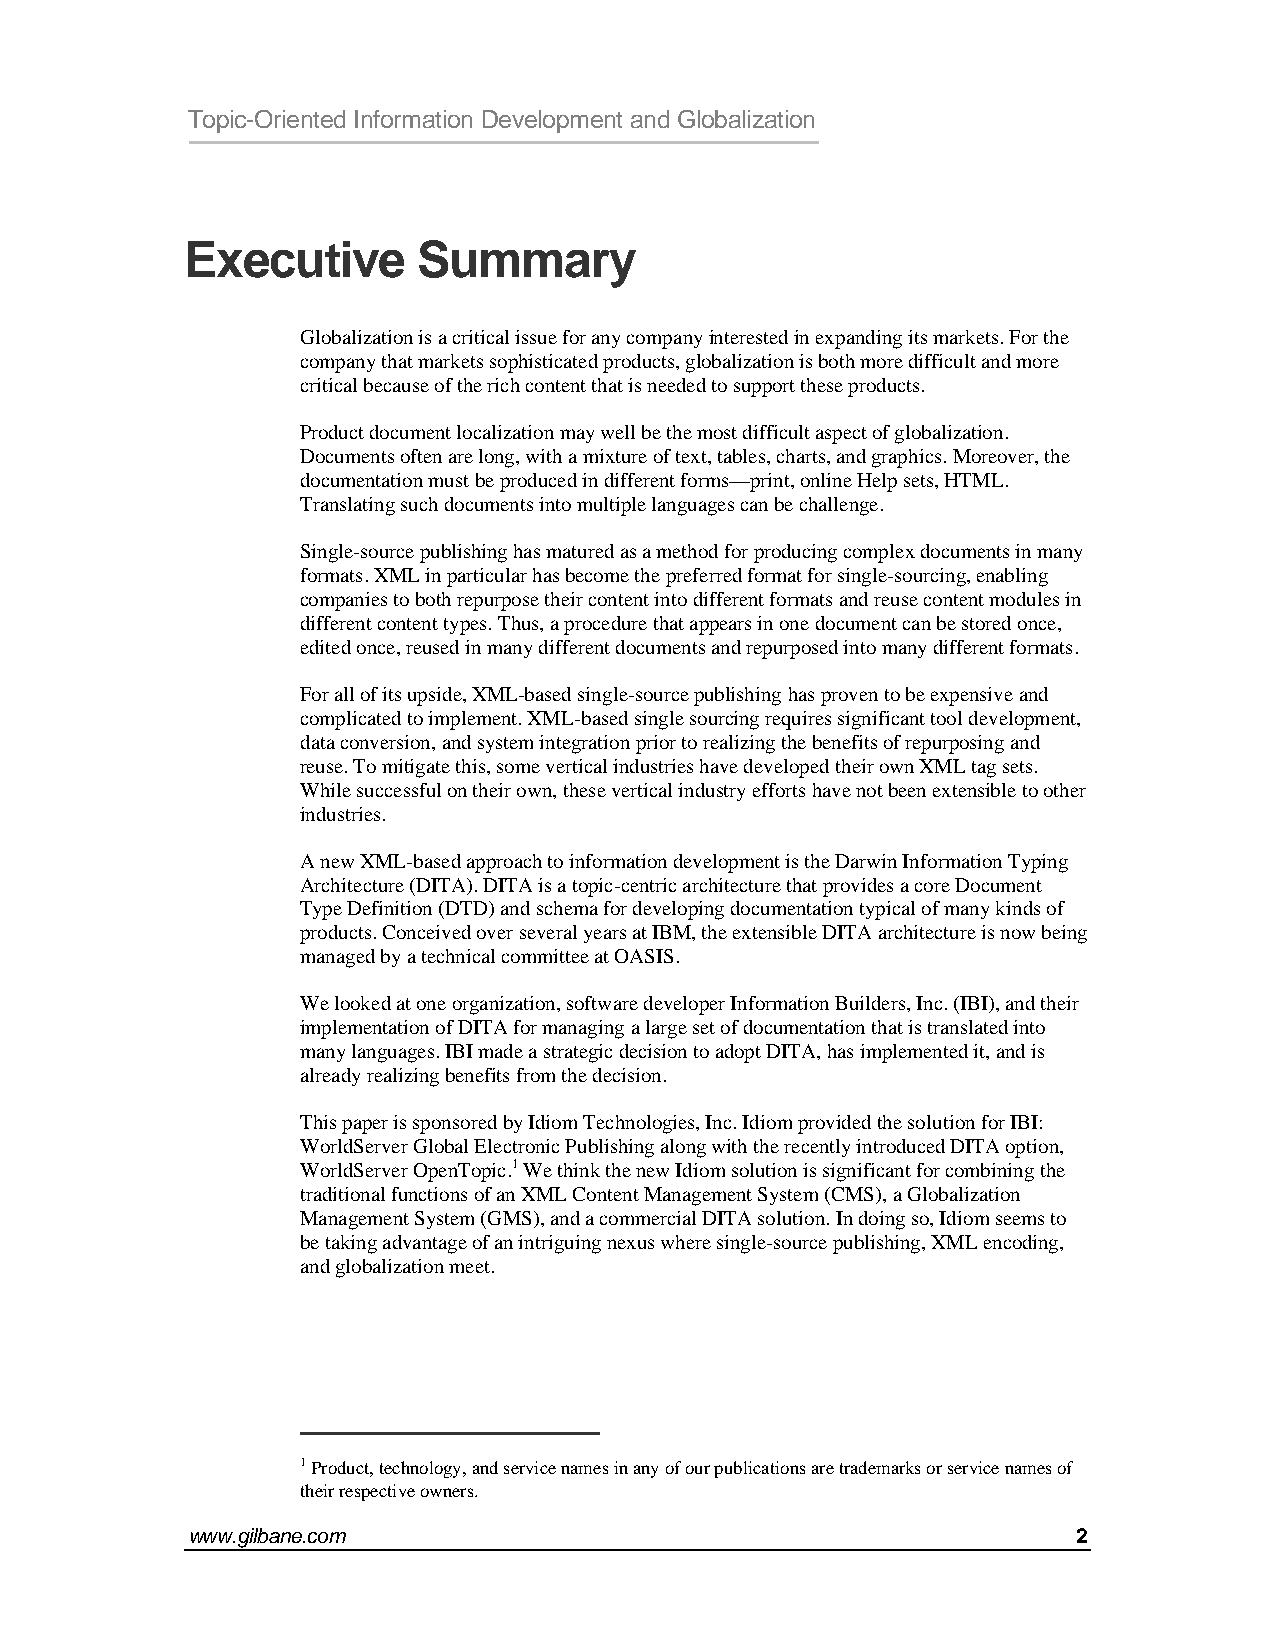
Topic-Oriented Information Development and Globalization
 Executive       Summary
 Globalization is a critical issue for any company interested in expanding its markets. For the
 company that markets sophisticated products, globalization is both more difficult and more
 critical because of the rich content that is needed to support these products.
 Product document localization may well be the most difficult aspect of globalization.
 Documents often are long, with a mixture of text, tables, charts, and graphics. Moreover, the
 documentation must be produced in different forms—print, online Help sets, HTML.
 Translating such documents into multiple languages can be challenge.
 Single-source publishing has matured as a method for producing complex documents in many
 formats. XML in particular has become the preferred format for single-sourcing, enabling
 companies to both repurpose their content into different formats and reuse content modules in
 different content types. Thus, a procedure that appears in one document can be stored once,
 edited once, reused in many different documents and repurposed into many different formats.
 For all of its upside, XML-based single-source publishing has proven to be expensive and
 complicated to implement. XML-based single sourcing requires significant tool development,
 data conversion, and system integration prior to realizing the benefits of repurposing and
 reuse. To mitigate this, some vertical industries have developed their own XML tag sets.
 While successful on their own, these vertical industry efforts have not been extensible to other
 industries.
 A new XML-based approach to information development is the Darwin Information Typing
 Architecture (DITA). DITA is a topic-centric architecture that provides a core Document
 Type Definition (DTD) and schema for developing documentation typical of many kinds of
 products. Conceived over several years at IBM, the extensible DITA architecture is now being
 managed by a technical committee at OASIS.
 We looked at one organization, software developer Information Builders, Inc. (IBI), and their
 implementation of DITA for managing a large set of documentation that is translated into
 many languages. IBI made a strategic decision to adopt DITA, has implemented it, and is
 already realizing benefits from the decision.
 This paper is sponsored by Idiom Technologies, Inc. Idiom provided the solution for IBI:
 WorldServer Global Electronic Publishing along with the recently introduced DITA option,
 WorldServer OpenTopic.1 We think the new Idiom solution is significant for combining the
 traditional functions of an XML Content Management System (CMS), a Globalization
 Management System (GMS), and a commercial DITA solution. In doing so, Idiom seems to
 be taking advantage of an intriguing nexus where single-source publishing, XML encoding,
 and globalization meet.
 1 Product, technology, and service names in any of our publications are trademarks or service names of
 their respective owners.
 www.gilbane.com                                            2